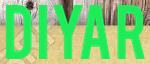
DIYAR